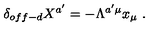
\delta _ { o f f - d } X ^ { a ^ { \prime } } = - \Lambda ^ { a ^ { \prime } \mu } x _ { \mu } \ .